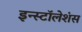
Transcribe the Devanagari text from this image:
इन्स्टॉलेशंस